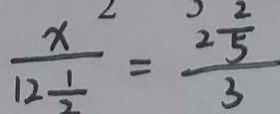
\frac { x } { 1 2 \frac { 1 } { 2 } } = \frac { 2 \frac { 2 } { 5 } } { 3 }